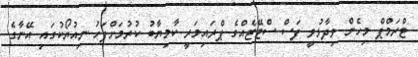
ޓްރަމްޕް މިހެން ވިދާޅުވީ ފަސް ސްޓޭޓެއްގެ ޕްރައިމަރީ ކާމިޔާބު ކުރުމަށްފަހު ނިއުޔޯކުގައި އޭނާގެ